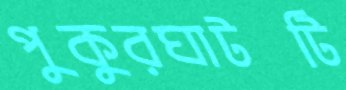
পুকুরঘাটটি